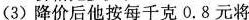
(3)降价后他按每千克0.8元将